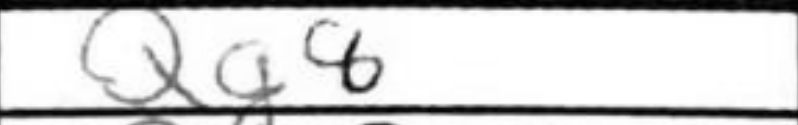
Transcription: Qg8